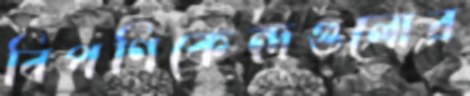
বিপণিকেন্দ্রগুলোর